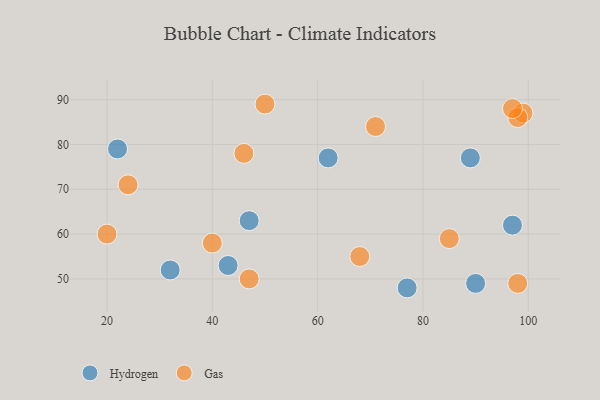
{"axis": {"x": "GDP", "y": "Life Expectancy"}, "legend": ["Gas", "Hydrogen"], "data": [{"x": "32", "y": 52, "type": "Hydrogen"}, {"x": "89", "y": 77, "type": "Hydrogen"}, {"x": "43", "y": 53, "type": "Hydrogen"}, {"x": "62", "y": 77, "type": "Hydrogen"}, {"x": "97", "y": 62, "type": "Hydrogen"}, {"x": "47", "y": 63, "type": "Hydrogen"}, {"x": "22", "y": 79, "type": "Hydrogen"}, {"x": "77", "y": 48, "type": "Hydrogen"}, {"x": "90", "y": 49, "type": "Hydrogen"}, {"x": "85", "y": 59, "type": "Gas"}, {"x": "20", "y": 60, "type": "Gas"}, {"x": "71", "y": 84, "type": "Gas"}, {"x": "24", "y": 71, "type": "Gas"}, {"x": "47", "y": 50, "type": "Gas"}, {"x": "99", "y": 87, "type": "Gas"}, {"x": "40", "y": 58, "type": "Gas"}, {"x": "68", "y": 55, "type": "Gas"}, {"x": "98", "y": 86, "type": "Gas"}, {"x": "97", "y": 88, "type": "Gas"}, {"x": "98", "y": 49, "type": "Gas"}, {"x": "46", "y": 78, "type": "Gas"}, {"x": "50", "y": 89, "type": "Gas"}]}